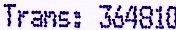
TRANS: 364810